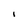
Character: I